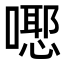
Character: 𭋃